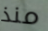
منذ